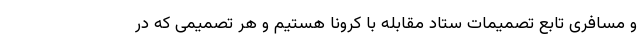
و مسافری تابع تصمیمات ستاد مقابله با کرونا هستیم و هر تصمیمی که در